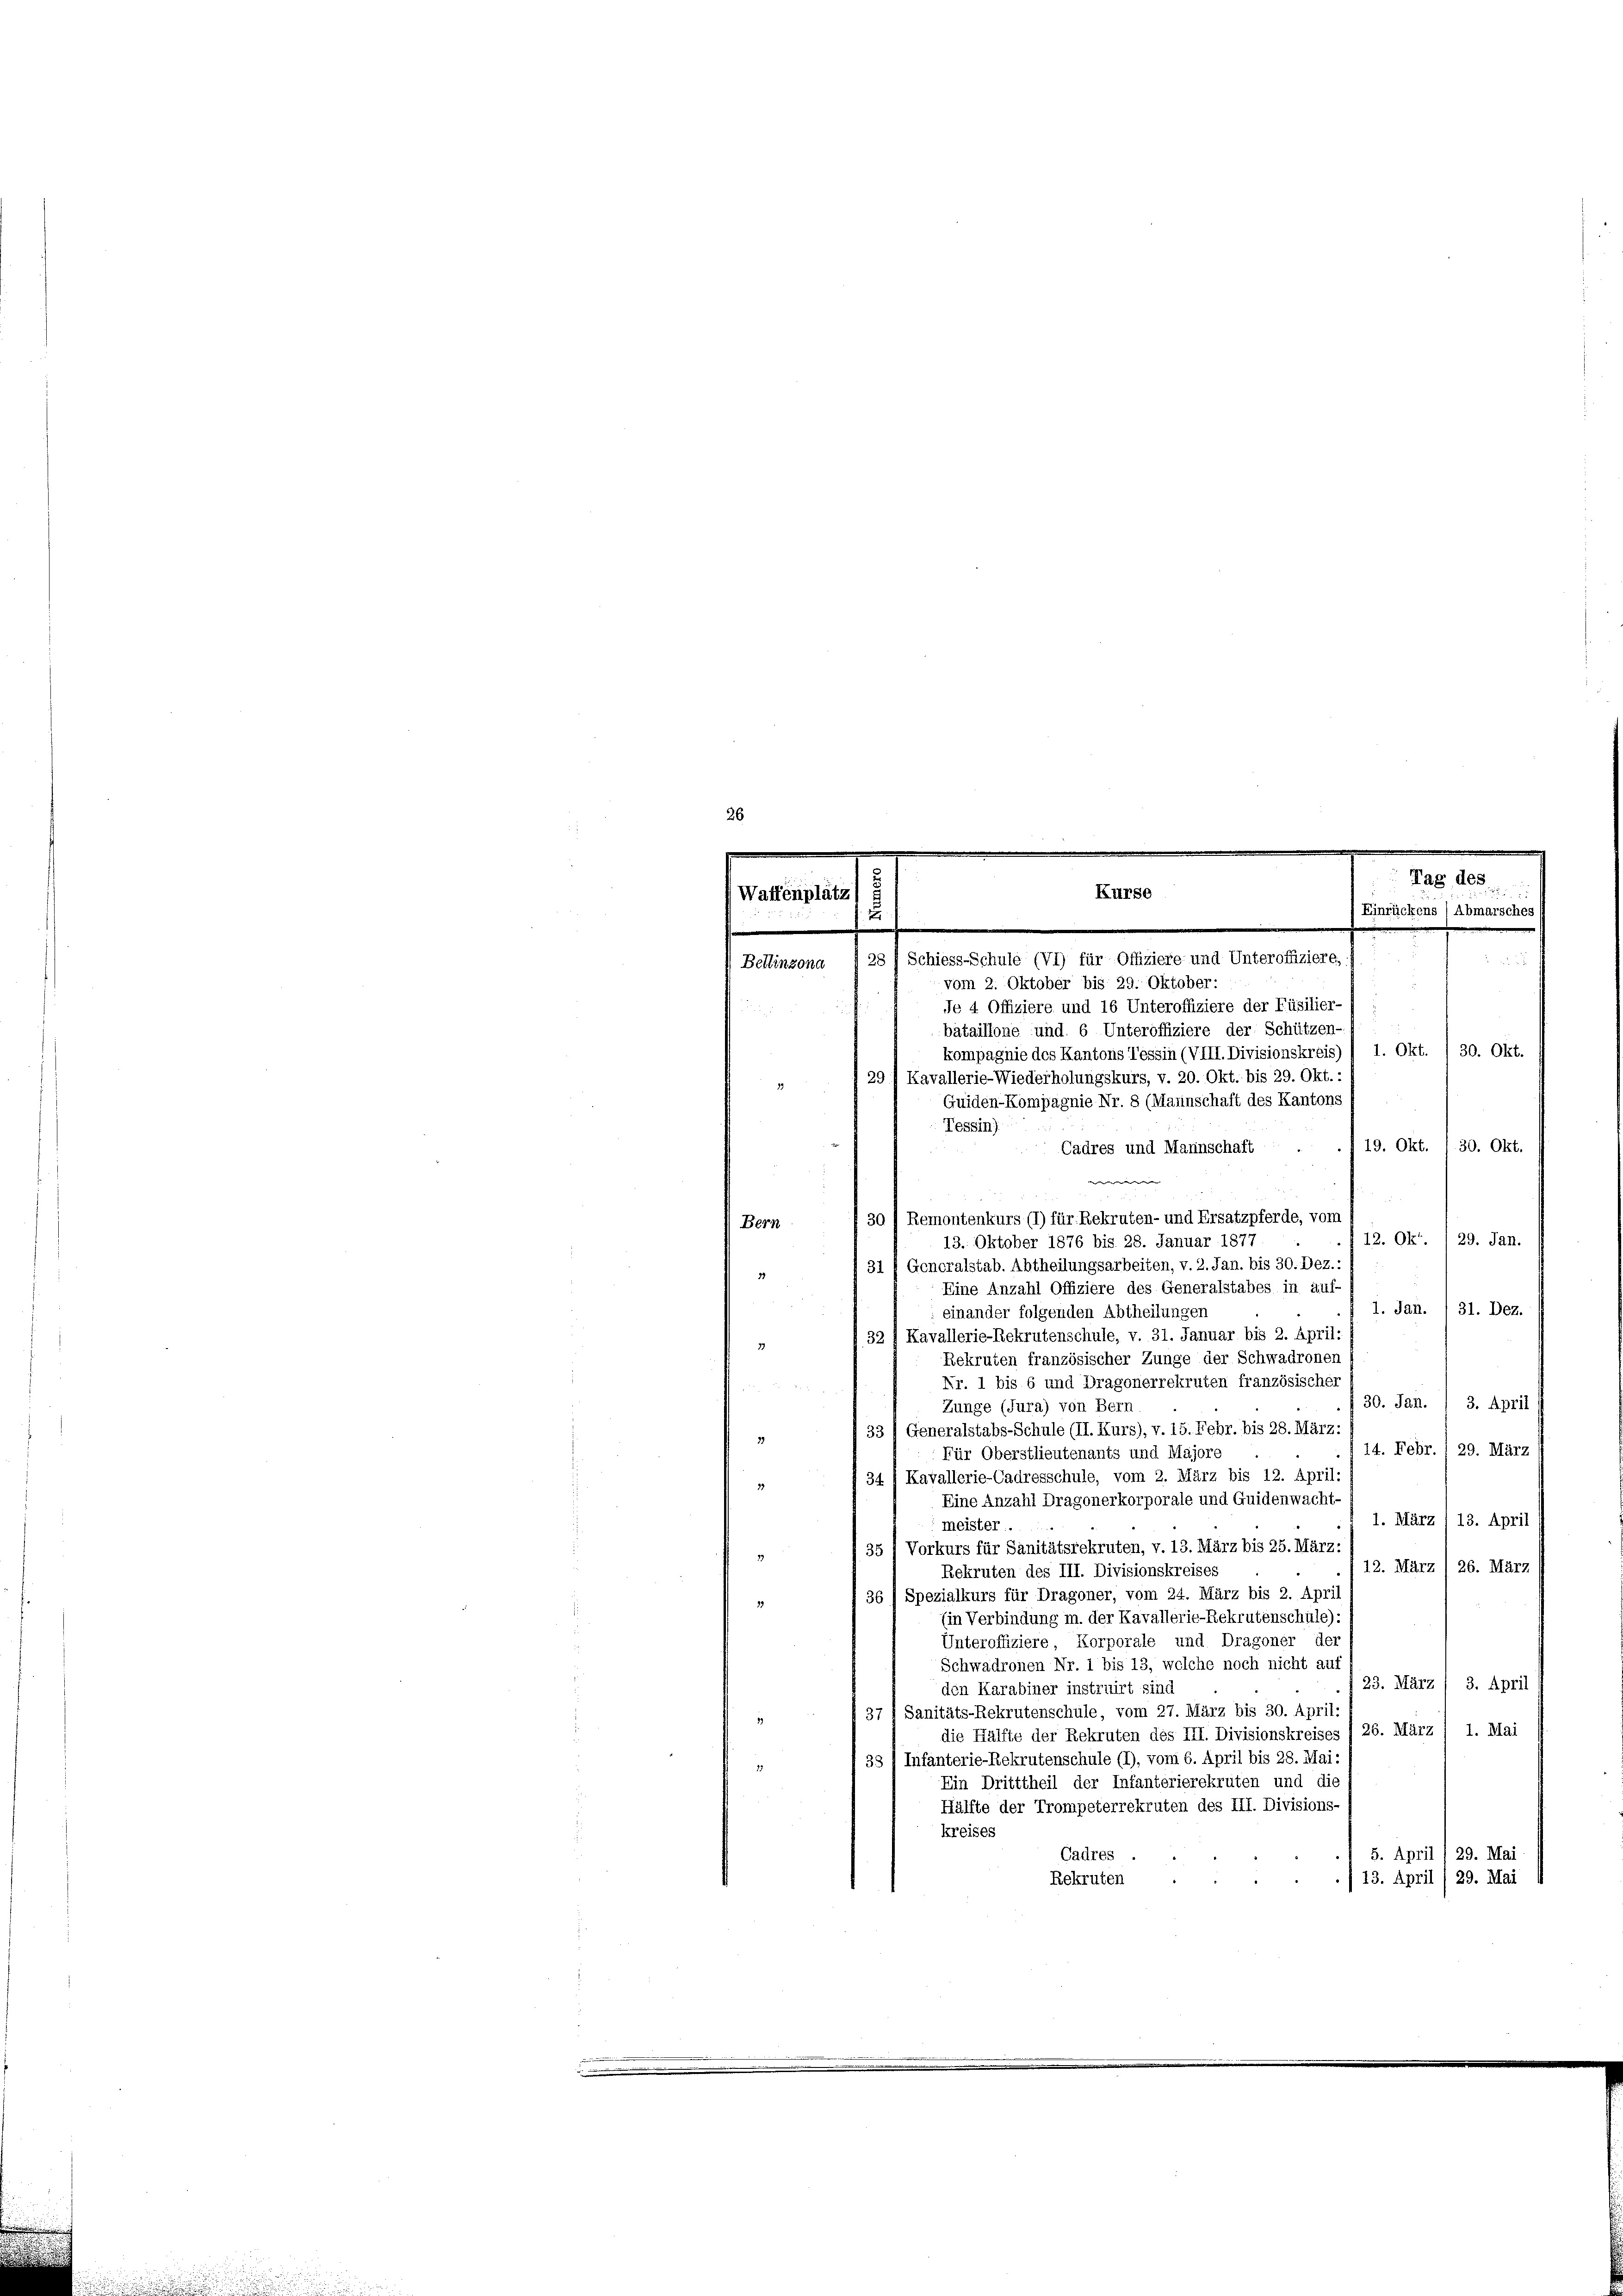
Bellinzona I 28 / Schiess-Schule (VI) für Offiziere und Unteroffiziere,
vom 2. Oktober bis 29. Oktober:
je 4 Offiziere und 16 Unteroffiziere der Füsilier-) ;
bataillone und 6 Unteroffiziere der Schützen-
kompagnie des Kantons Tessin (VIII. Divisionskreis) / 1. Okt./30. Okt.
29 Kavallerie-Wiederholungskurs, v. 20. Okt. bis 29. Okt.,
Guiden-Kompagnie Nr. 8 (Mannschaft des Kantons
Tessin)
19. Okt. / 30. Okt.
Cadres und Mannschaft .
w |
30 / Remontenkurs (1) für Rekruten- und Ersatzpferde, vom
Bern
12. Okt. 1 29. Jan.
13. Oktober 1876 bis 28. Januar 1877
31 f Generalstab. Abtheilungsarbeiten, v. 2. Jan. bis 30. Dez. :
Eine Anzahl Offiziere des Generalstabes in auf,
1. Jan. / 31. Dez.
einander folgenden Abtheilungen
32 J Kavallerie-Rekrutenschule, v. 31. Januar bis 2. April:
Rekruten französischer Zunge der Schwadronen
Nr. 1 bis 6 und Dragonerrekruten französischer
30. Jan. / 3. April
Zunge (Jura) von Bern
33) Generalstabs-Schule (II. Kurs), v. 15. Febr. bis 28. März:
29
14. Febr. / 29. März
Für Oberstlieutenants und Majore
 34 / Kavallerie-Cadresschule, vom 2. März bis 12. April:
2.
Eine Anzahl Dragonerkorporale und Guidenwacht-
1. März (13. April
meister.
" 35 1 Vorkurs für Sanitätsrekruten, v. 13. März bis 25. März,
12. März 26. März
Rekruten des III. Divisionskreises
36) Spezialkurs für Dragoner, vom 24. März bis 2. April
39
(in Verbindung m. der Kavallerie-Rekrutenschule):
Unteroffiziere, Korporale und Dragoner der
Schwadronen Nr. 1 bis 13, welche noch nicht auf
23. März (3. April
den Karabiner instruirt sind
37 1 Sanitäts-Rekrutenschule, vom 27. März bis 30. April:
die Hälfte der Rekruten des III. Divisionskreises / 26. März / 1. Mai
38 1 Infanterie-Rekrutenschule (1), vom 6. April bis 28. Mai:
Ein Dritttheil der Infanterierekruten und die
Hälfte der Trompeterrekruten des III. Divisions-
kreises
Cadres
29. Mai
5. April
Rekruten
/13. April /29. Mai s

e
e
5
e
Tag des
Kurse
 Waffenplätz) s
) Einrückens ( Abmarsches
2
s